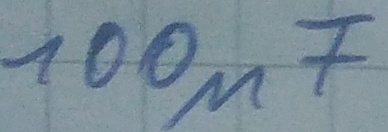
Text: 100µF